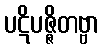
ပဋိပဇ္ဇိတဗ္ဗာ